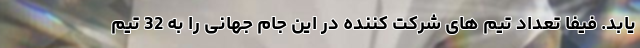
یابد. فیفا تعداد تیم های شرکت کننده در این جام جهانی را به 32 تیم